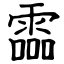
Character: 霝